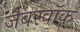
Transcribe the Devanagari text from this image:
जैबरवॉक